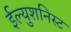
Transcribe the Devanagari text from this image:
ईल्युशनिस्ट